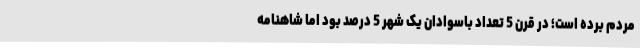
مردم برده است؛ در قرن 5 تعداد باسوادان یک شهر 5 درصد بود اما شاهنامه